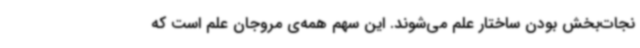
نجات‌بخش بودن ساختار علم می‌شوند. این سهم همه‌ی مروجان علم است که